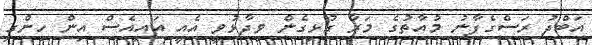
އަބްދު ރަސްގެފާނު މުއާތުގެ މަރާ ގުޅިގެން ވިދާޅުވީ އެއީ އައިއެސް އިން ހިންގި